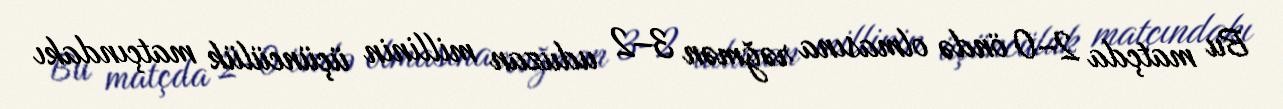
Bu matçda 2–0 öndə olmasına rəğmən 3–2 uduzan millinin üçüncülük matçındakı